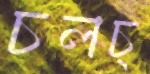
চলচ্